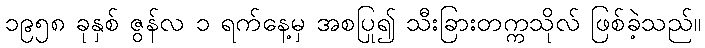
၁၉၅၈ ခုနှစ် ဇွန်လ ၁ ရက်နေ့မှ အစပြု၍ သီးခြားတက္ကသိုလ် ဖြစ်ခဲ့သည်။